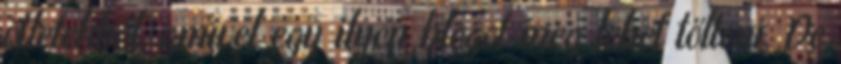
ötletekből, amivel egy ilyen blogot meg lehet tölteni. De